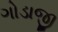
ગોડાજી